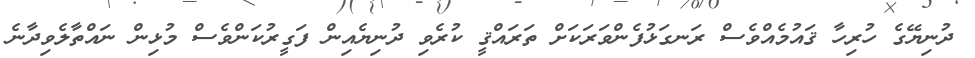
ދުނިޔޭގެ ހުރިހާ ޤައުމެއްވެސް ރަނގަޅުފެންވަރަކަށް ތަރައްޤީ ކުރެވި ދުނިޔެއިން ފަގީރުކަންވެސް މުޅިން ނައްތާލެވިދާނެ